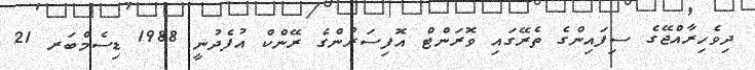
ދިވެހިރާއްޖޭގެ ސިފައިންގެ ތެރޭގައި ވޮރަންޓް އޮފިސަރުންގެ ރޭންކް އުފެދުނީ 1988 ޑިސެމްބަރ 21